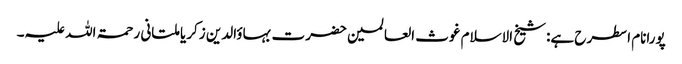
پورانام اسطرح ہے:شیخ الاسلام غوث العالمین حضرت بہاؤالدین زکریا ملتانی رحمۃ اللہ علیہ۔